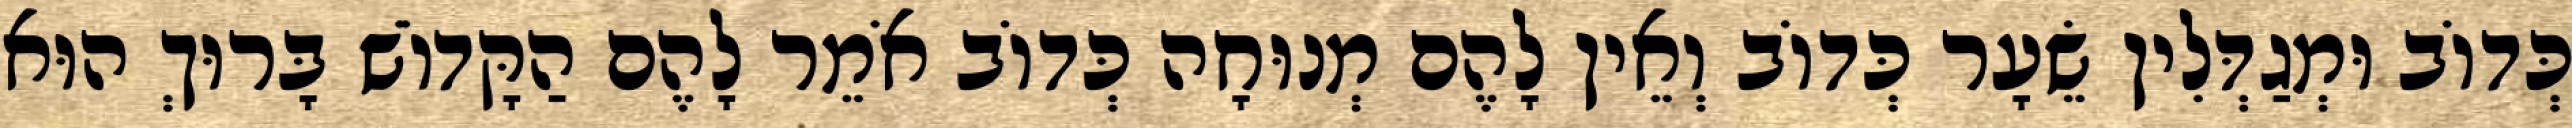
כְּדוֹב וּמְגַדְּלִין שֵׂעָר כְּדוֹב וְאֵין לָהֶם מְנוּחָה כְּדוֹב אֹמֵר לָהֶם הַקָּדוֹשׁ בָּרוּךְ הוּא